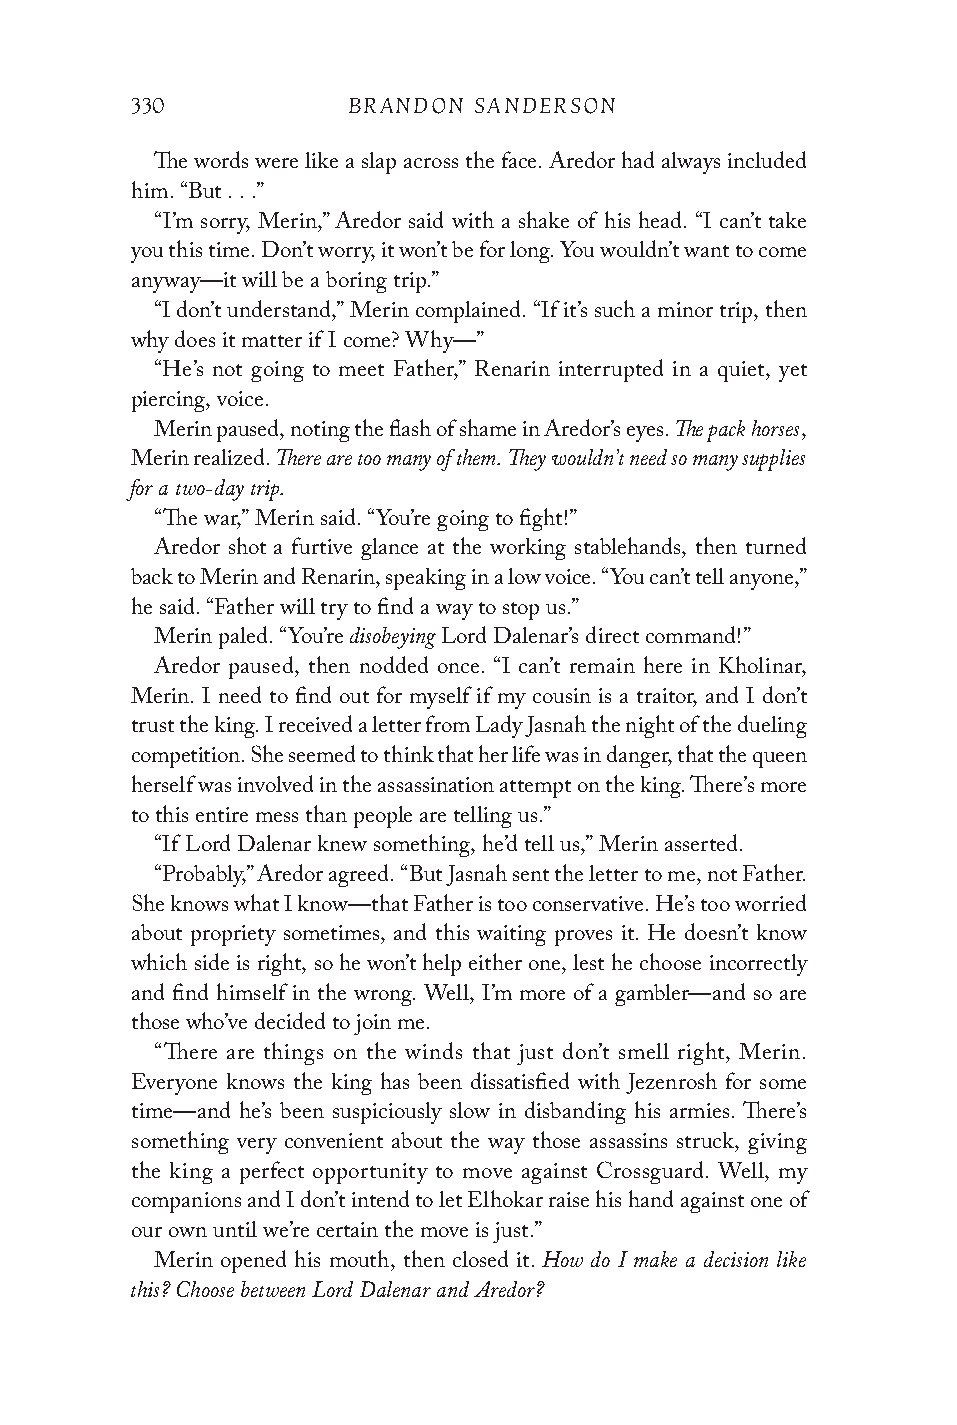
330           BRANDON SANDERSON
 The words were like a slap across the face. Aredor had always included
 him. “But . . .”
 “I’m sorry, Merin,” Aredor said with a shake of his head. “I can’t take
 you this time. Don’t worry, it won’t be for long. You wouldn’t want to come
 anyway—it will be a boring trip.”
 “I don’t understand,” Merin complained. “If it’s such a minor trip, then
 why does it matter if I come? Why—”
 “He’s not going to meet Father,” Renarin interrupted in a quiet, yet
 piercing, voice.
 The pack horses
 Merin paused, noting the flash of shame in Aredor’s eyes. ,
 There are too many of them. They wouldn’t need so many supplies
 Merin realized.
 for a two-day trip.
 “The war,” Merin said. “You’re going to fight!”
 Aredor shot a furtive glance at the working stablehands, then turned
 back to Merin and Renarin, speaking in a low voice. “You can’t tell anyone,”
 he said. “Father will try to find a way to stop us.”
 disobeying
 Merin paled. “You’re Lord Dalenar’s direct command!”
 Aredor paused, then nodded once. “I can’t remain here in Kholinar,
 Merin. I need to find out for myself if my cousin is a traitor, and I don’t
 trust the king. I received a letter from Lady Jasnah the night of the dueling
 competition. She seemed to think that her life was in danger, that the queen
 herself was involved in the assassination attempt on the king. There’s more
 to this entire mess than people are telling us.”
 “If Lord Dalenar knew something, he’d tell us,” Merin asserted.
 “Probably,” Aredor agreed. “But Jasnah sent the letter to me, not Father.
 She knows what I know—that Father is too conservative. He’s too worried
 about propriety sometimes, and this waiting proves it. He doesn’t know
 which side is right, so he won’t help either one, lest he choose incorrectly
 and find himself in the wrong. Well, I’m more of a gambler—and so are
 those who’ve decided to join me.
 “There are things on the winds that just don’t smell right, Merin.
 Everyone knows the king has been dissatisfied with Jezenrosh for some
 time—and he’s been suspiciously slow in disbanding his armies. There’s
 something very convenient about the way those assassins struck, giving
 the king a perfect opportunity to move against Crossguard. Well, my
 companions and I don’t intend to let Elhokar raise his hand against one of
 our own until we’re certain the move is just.”
 How do I make a decision like
 Merin opened his mouth, then closed it.
 this? Choose between Lord Dalenar and Aredor?